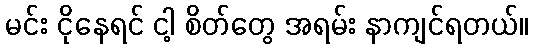
မင်း ငိုနေရင် ငါ့ စိတ်တွေ အရမ်း နာကျင်ရတယ်။